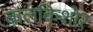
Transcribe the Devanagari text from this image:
बालकिशोर